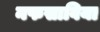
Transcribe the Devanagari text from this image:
नफसाविया